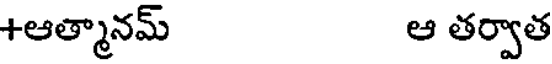
+ఆత్మానమ్ ఆ తర్వాత